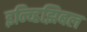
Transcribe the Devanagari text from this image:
इन्व्हिझिबल